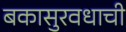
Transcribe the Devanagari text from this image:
बकासुरवधाची